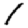
Digit: 1